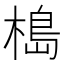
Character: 槝